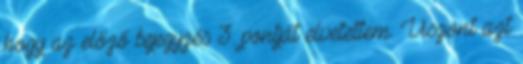
hogy az előző bejegyzés 3. pontját elvetettem. Viszont azt